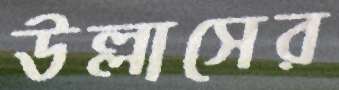
উল্লাসের